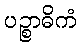
ပဉ္စာဓိကံ